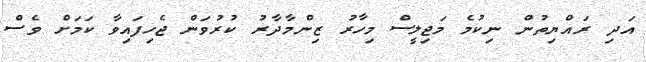
އަދި ރައްޔިތުން ނިކުމެ މަޖިލީސް މިހާރު ޒިންމާދާރު ކުރުވަން ޖެހިފައިވާ ކަމަށް ވެސް